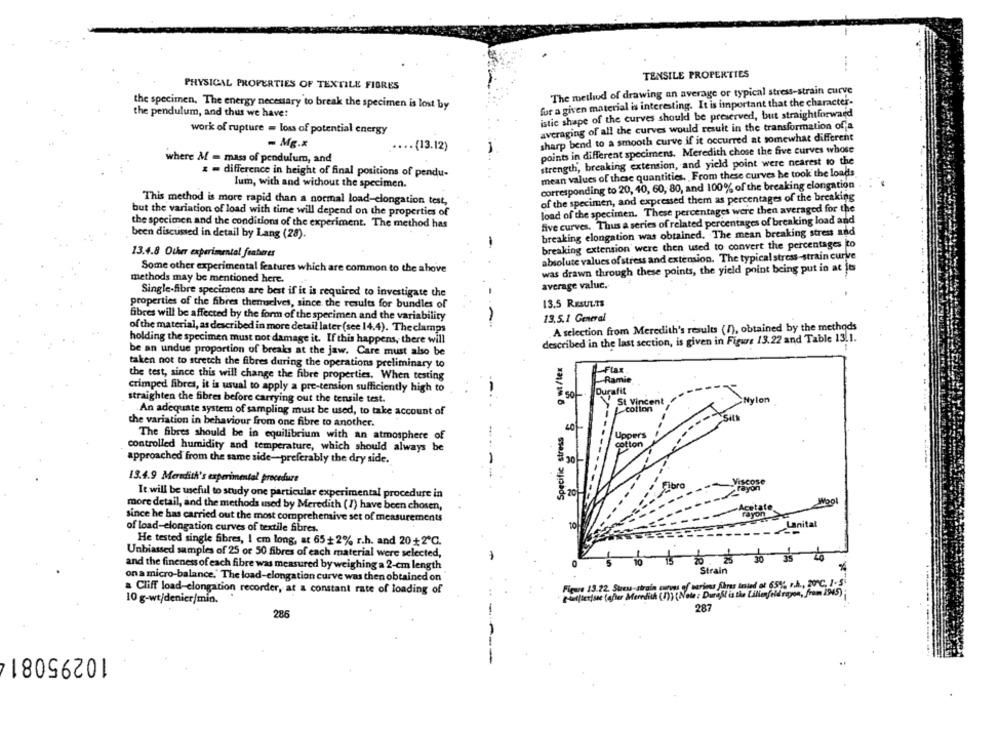
TENSILE PROPERTIES
PHYSICAL PROPERTIES OF TEXTILE FIBRES
The method of drawing an average or typical stress-strain curve
fur a given material is interesting. It is important that the character-
the specimen. The energy necessary to break the specimen is lost by
the pendulum, and thus we have:
istic shape of the curves should be preserved, but straightforward
work of rupture = loss of potential energy
averaging of all the curves would result in the transformation ofja
sharp bend to a smooth curve if it occurred at somewhat different
- Mg.x
.... {13.12)
points in different specimens. Meredith chose the five curves whose
where M = mass of pendulum, and
strength, breaking extension, and yield point were nearest to the
& = difference in height of final positions of pendu-
mean values of these quantities. From these curves he took the loads
lum, with and without the specimen.
corresponding to 20, 40, 60, 80, and 100% of the breaking elongation
of the specimen, and expressed them as percentages of the breaking
This method is more rapid than a normal load-clongation test,
but the variation of load with time will depend on the properties of
load of the specimen. These percentages were then averaged for the
five curves. Thus a series of related percentages of breaking load and
the specimen and the conditions of the experiment. The method has
breaking elongation was obtained. The mean breaking stress and
been discussed in detail by Lang (28).
breaking extension were then used to convert the percentages to
13.4.8 Ouhier experimental features
absolute values of stress and extension. The typical stress-strain curve
Some other experimental features which are common to the above
was drawn through these points, the yield point being put in at jt
methods may be mentioned here.
average valuc.
Single-fibre specimens are best if it is required to investigate the
properties of the fibres themselves, since the results for bundles of
13.5 RESULTS
fibres will be affected by the form of the specimen and the variability
13.5.1 General
of the material, as described in more detail later (see 14.4). The clamps
A selection from Meredith's results (7), obtained by the methods
holding the specimen must not damage it. If this happens, there will
described in the last section, is given in Figure 13.22 and Table 13.1.
be an undue proportion of breaks at the jaw. Care must also be
taken not to stretch the fibres during the operations preliminary to
g wt/tex
Flax
the test, since this will change the fibre properties. When testing
$ $
-Ramie
crimped fibres, it is usual to apply a pre-tension sufficiently high to
Durafit
straighten the fibres before carrying out the tensile test.
St Vincent
lon
L-collon
An adequate system of sampling must be used, to take account of
the variation in behaviour from one fibre to another.
Specific stress
40
The fibres should be in equilibrium with an atmosphere of
Uppers
cotton
controlled humidity and temperature, which should always be
approached from the same side-preferably the dry side.
13.4.9 Meredith's experimental procedure
It will be useful to study one particular experimental procedure in
more detail, and the methods used by Meredith (1) have been chosen,
since he has carried out the most comprehensive set of measurements
of load-elongation curves of textile fibres.
10
ital
He tested single fibres, I cm long, at 65+2% r.h. and 20+2 ℃.
Unbiased samples of 25 or 50 fibres of each material were selected,
and the fineness of each fibre was measured by weighing a 2-cm length
Strain
on a micro-balance.' The load-elongation curve was then obtained on
Figure 13.22. Stress-strain curves of seriens Shras tasted ot 6
20℃. 1-5
a Cliff load-elongation recorder, at a constant rate of loading of
10 g-wt/denier/min.
Hetfleetsse (after Meredith (1)) (Note : Duri&l is the Lilienfel
286
287
0295081